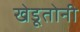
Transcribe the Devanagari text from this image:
खेडूतोनी